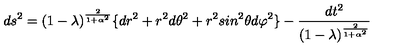
d s ^ { 2 } = ( 1 - \lambda ) ^ { \frac { 2 } { 1 + \alpha ^ { 2 } } } \lbrace d r ^ { 2 } + r ^ { 2 } d \theta ^ { 2 } + r ^ { 2 } s i n ^ { 2 } \theta d \varphi ^ { 2 } \rbrace - { \frac { d t ^ { 2 } } { ( 1 - \lambda ) ^ { \frac { 2 } { 1 + \alpha ^ { 2 } } } } }